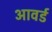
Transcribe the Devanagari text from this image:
आवर्ड